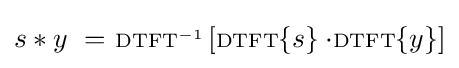
s*y\ =\ \scriptstyle {\rm {DTFT}}^{-1}\displaystyle \left[\scriptstyle {\rm {DTFT}}\displaystyle \{s\}\cdot \scriptstyle {\rm {DTFT}}\displaystyle \{y\}\right]